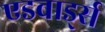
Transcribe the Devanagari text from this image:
एडवार्ड्स